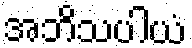
အဘိသပါယံ